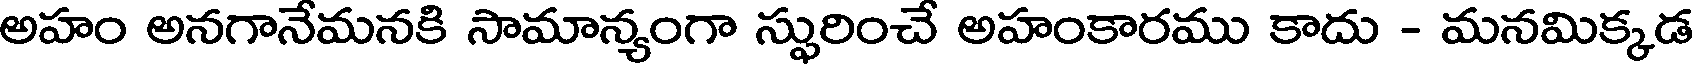
అహం అనగానేమనకి సామాన్యంగా స్ఫురించే అహంకారము కాదు - మనమిక్కడ